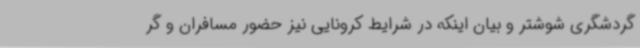
گردشگری شوشتر و بیان اینکه در شرایط کرونایی نیز حضور مسافران و گر